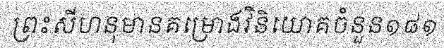
ព្រះសីហនុមានគម្រោងវិនិយោគចំនួន១៨១